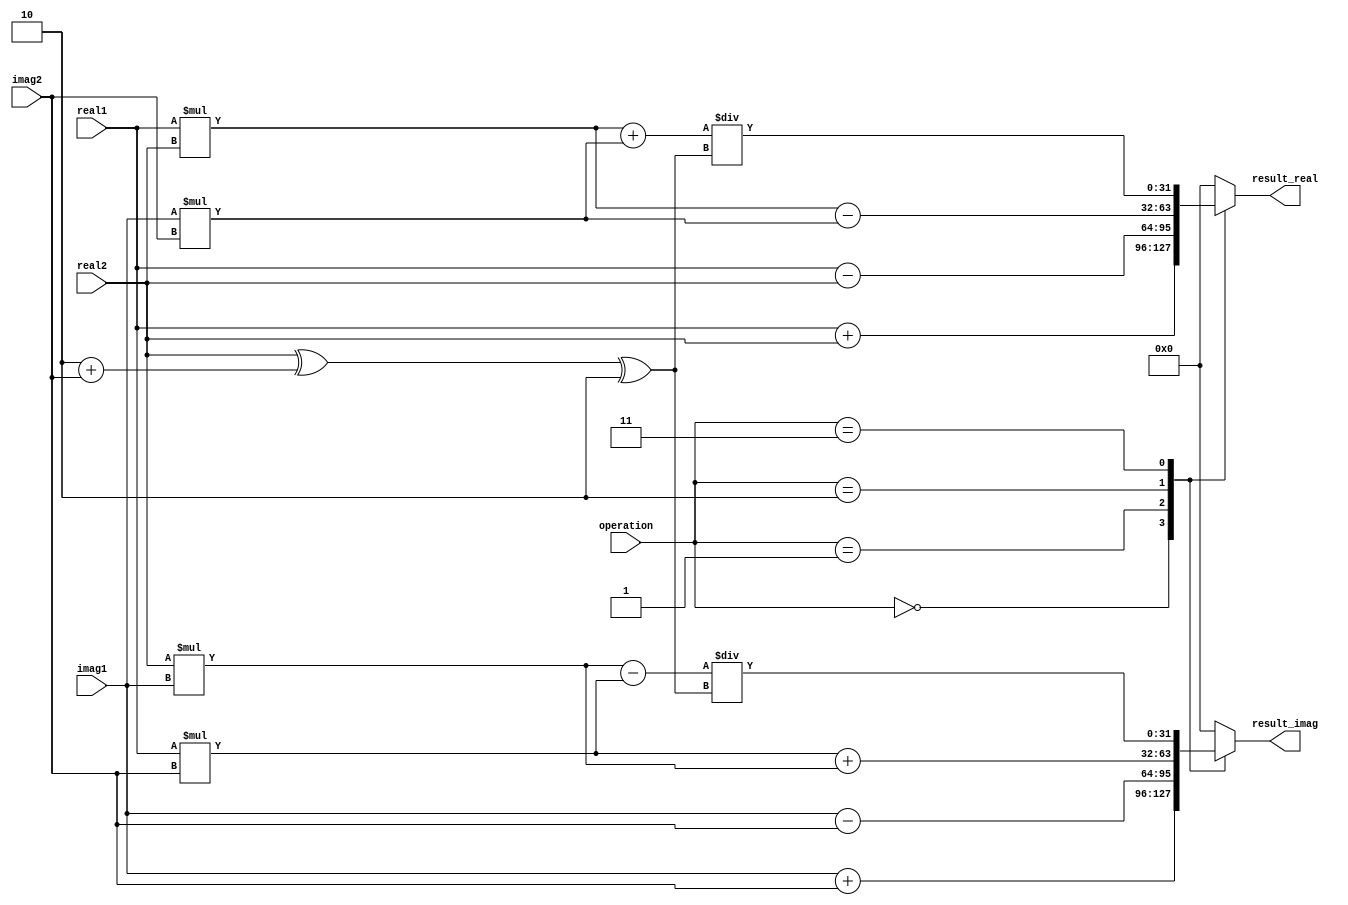
module ComplexALU (
    input wire [31:0] real1,
    input wire [31:0] imag1,
    input wire [31:0] real2,
    input wire [31:0] imag2,
    input wire [2:0] operation,
    output reg [31:0] result_real,
    output reg [31:0] result_imag
);

always @ (operation)
begin
    case(operation)
        3'b000: // Addition
            begin
                result_real = real1 + real2;
                result_imag = imag1 + imag2;
            end
        3'b001: // Subtraction
            begin
                result_real = real1 - real2;
                result_imag = imag1 - imag2;
            end
        3'b010: // Multiplication
            begin
                result_real = (real1 * real2) - (imag1 * imag2);
                result_imag = (real1 * imag2) + (real2 * imag1);
            end
        3'b011: // Division
            begin
                result_real = (real1 * real2 + imag1 * imag2) / (real2^2 + imag2^2);
                result_imag = (imag1 * real2 - real1 * imag2) / (real2^2 + imag2^2);
            end
        default: // Default: do nothing
            begin
                result_real = 32'b0;
                result_imag = 32'b0;
            end
    endcase
end

endmodule